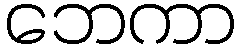
ဘေကာ